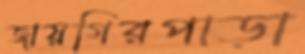
জায়গিরপাড়া